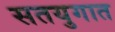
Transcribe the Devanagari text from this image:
सतयुगात